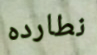
نطارده